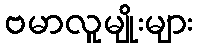
ဗမာလူမျိုးများ